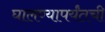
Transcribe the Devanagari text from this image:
घालण्यापर्यंतची